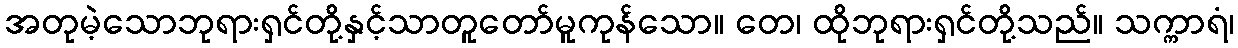
အတုမဲ့သောဘုရားရှင်တို့နှင့်သာတူတော်မူကုန်သော။ တေ၊ ထိုဘုရားရှင်တို့သည်။ သက္ကာရံ၊